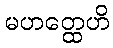
မဟတ္ထေဟိ